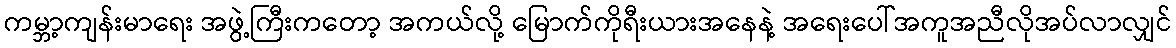
ကမ္ဘာ့ကျန်းမာရေး အဖွဲ့ကြီးကတော့ အကယ်လို့ မြောက်ကိုရီးယားအနေနဲ့ အရေးပေါ်အကူအညီလိုအပ်လာလျှင်